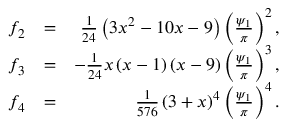
\begin{array} { r l r } { f _ { 2 } } & { = } & { \frac { 1 } { 2 4 } \left( 3 x ^ { 2 } - 1 0 x - 9 \right) \left( \frac { \psi _ { 1 } } { \pi } \right) ^ { 2 } , } \\ { f _ { 3 } } & { = } & { - \frac { 1 } { 2 4 } x \left( x - 1 \right) \left( x - 9 \right) \left( \frac { \psi _ { 1 } } { \pi } \right) ^ { 3 } , } \\ { f _ { 4 } } & { = } & { \frac { 1 } { 5 7 6 } \left( 3 + x \right) ^ { 4 } \left( \frac { \psi _ { 1 } } { \pi } \right) ^ { 4 } . } \end{array}